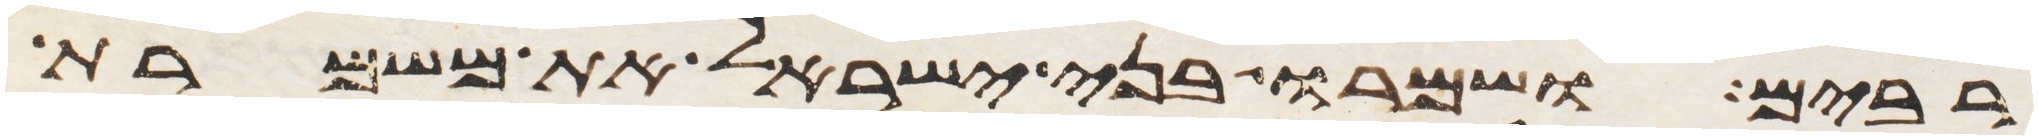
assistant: רבים ושמרו בני ישראל את משמרת